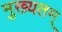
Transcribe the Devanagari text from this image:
मुख्यतम्